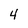
Character: 4